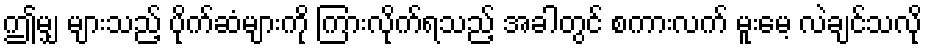
ဤမျှ များသည့် ပိုက်ဆံများကို ကြားလိုက်ရသည့် အခါတွင် စကားလက် မူးမေ့ လဲချင်သလို